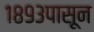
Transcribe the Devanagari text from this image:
१८९३पासून